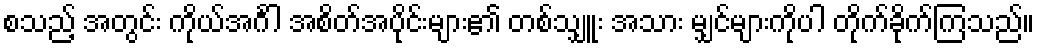
စသည့် အတွင်း ကိုယ်အင်္ဂါ အစိတ်အပိုင်းများ၏ တစ်သျှူး အသား မျှင်များကိုပါ တိုက်ခိုက်ကြသည်။